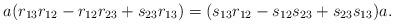
LaTeX: \begin{align*}a(r_{13}r_{12} - r_{12}r_{23} +s_{23}r_{13}) = (s_{13}r_{12} - s_{12}s_{23} +s_{23}s_{13})a.\end{align*}